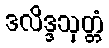
ဒလိဒ္ဒသုတ္တံ